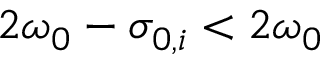
2 \omega _ { 0 } - \sigma _ { 0 , i } < 2 \omega _ { 0 }